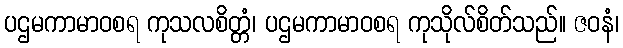
ပဌမကာမာဝစရ ကုသလစိတ္တံ၊ ပဌမကာမာဝစရ ကုသိုလ်စိတ်သည်။ ဇဝနံ၊